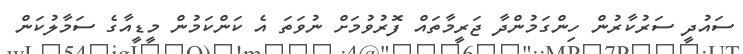
ސައުދީ ސަރުކާރުން ހިންގަމުންދާ ޖަރީމާތައް ފޮރުވުމަށް ނުވަތަ އެ ކަންކަމުން މީޑީއާގެ ސަމާލުކަން